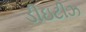
ડીઇટીઝ